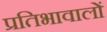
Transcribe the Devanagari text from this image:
प्रतिभावालों